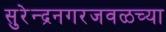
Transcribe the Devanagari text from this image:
सुरेन्द्रनगरजवळच्या